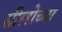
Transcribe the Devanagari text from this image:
सीलोच्या